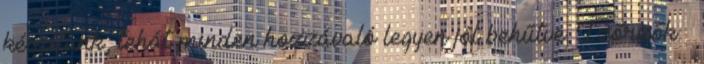
készítünk, tehát minden hozzávaló legyen jól behűtve. Ízőrzők –